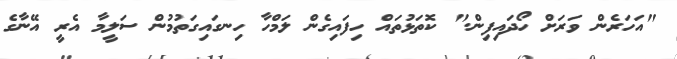
"އަހަރެން ވަރަށް ހޯދައިފިން." ކޮތަޅުތައް ހިފައިގެން ލަމްހާ ހިނގައިގަތުމުން ސަލީމާ އެރީ އޭނާގެ